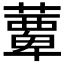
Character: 𫉹